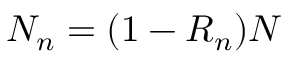
N _ { n } = ( 1 - R _ { n } ) N